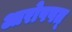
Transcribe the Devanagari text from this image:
आरोपपत्